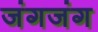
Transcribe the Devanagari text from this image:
जंगजंग